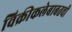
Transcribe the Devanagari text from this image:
विक्रीकलेबाबतची